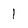
Character: 1